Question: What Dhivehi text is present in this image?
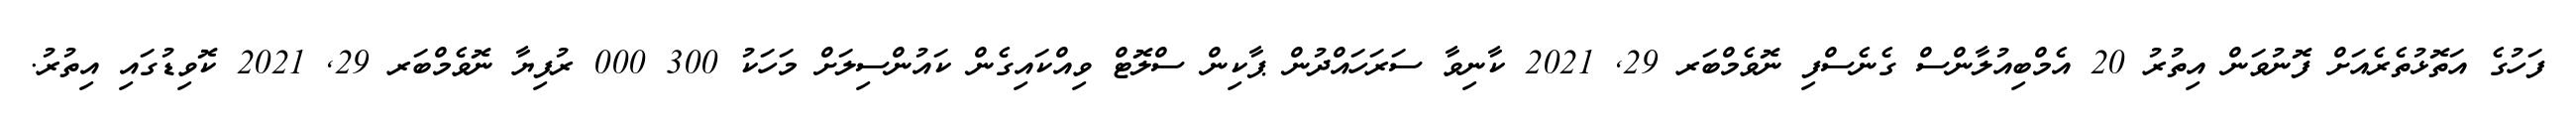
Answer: ފަހުގެ އަތޮޅުތެރެއަށް ފޮނުވަން އިތުރު 20 އެމްބިއުލާންސް ގެނެސްފި ނޮވެމްބަރ 29, 2021 ކާނިވާ ސަރަހައްދުން ޕާކިން ސްލޮޓް ވިއްކައިގެން ކައުންސިލަށް މަހަކު 300 000 ރުފިޔާ ނޮވެމްބަރ 29, 2021 ކޮވިޑުގައި އިތުރު.